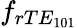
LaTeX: f_{rTE_{101}}